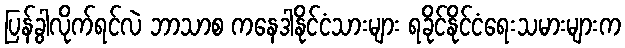
ပြန်ခွါလိုက်ရင်လဲ ဘာသာစ ကနေဒါနိုင်ငံသားများ ရခိုင်နိုင်ငံရေးသမားများက